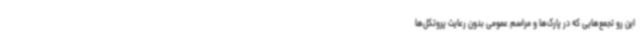
این رو تجمع‌هایی که در پارک‌ها و مراسم عمومی بدون رعایت پروتکل‌ها